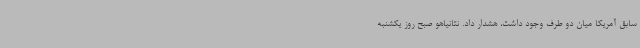
سابق آمریکا میان دو طرف وجود داشت، هشدار داد. نتانیاهو صبح روز یکشنبه